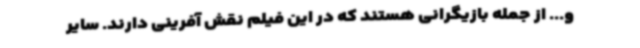
و... از جمله بازیگرانی هستند که در این فیلم نقش آفرینی دارند. سایر